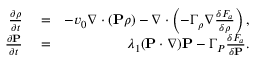
\begin{array} { r l r } { \frac { \partial \rho } { \partial t } } & { { } = } & { - v _ { 0 } \nabla \cdot ( { \bf P } \rho ) - \nabla \cdot \left( - \Gamma _ { \rho } \nabla \frac { \delta F _ { a } } { \delta \rho } \right) , } \\ { \frac { \partial { \bf P } } { \partial t } } & { { } = } & { \lambda _ { 1 } ( { \bf P } \cdot \nabla ) { \bf P } - \Gamma _ { P } \frac { \delta F _ { a } } { \delta { \bf P } } . } \end{array}